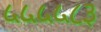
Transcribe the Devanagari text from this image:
५५५५८३